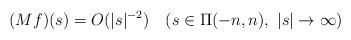
LaTeX: \begin{align*}(Mf)(s)=O(|s|^{-2})\ \ \ (s\in\Pi(-n,n),\ |s|\rightarrow\infty)\end{align*}